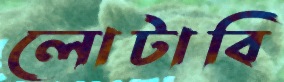
লোটাবি